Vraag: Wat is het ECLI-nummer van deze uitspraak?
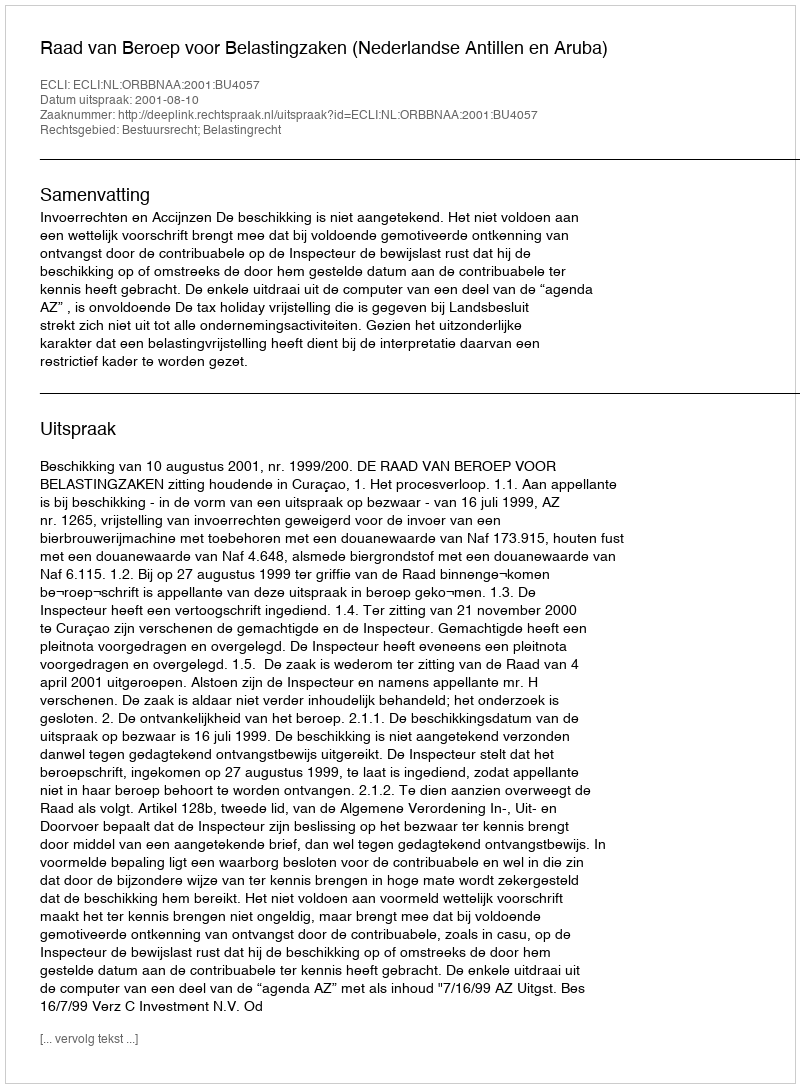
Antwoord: ECLI:NL:ORBBNAA:2001:BU4057